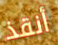
أنقذ